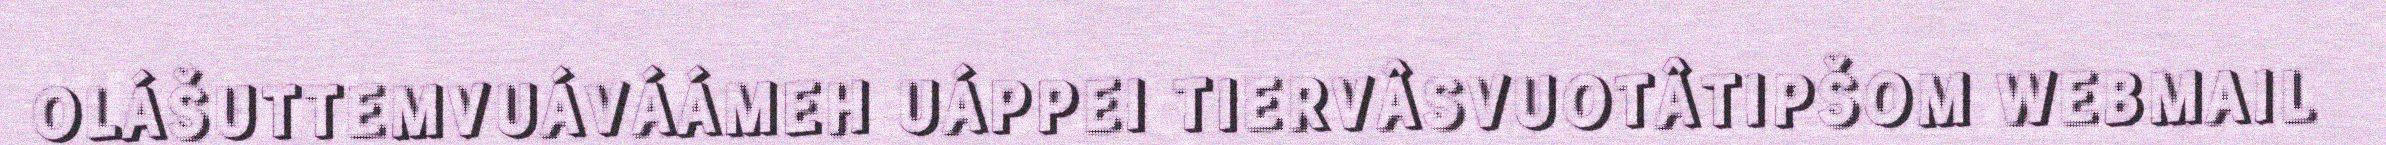
OLÁŠUTTEMVUÁVÁÁMEH UÁPPEI TIERVÂSVUOTÂTIPŠOM WEBMAIL